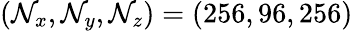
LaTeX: (\mathcal{N}_{x},\mathcal{N}_{y},\mathcal{N}_{z})=(256,96,256)